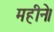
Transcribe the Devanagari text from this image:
महीने।